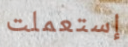
إستعملت